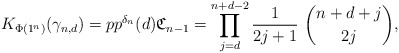
\begin{gather*}K_{\Phi(1^{n})}(\gamma_{n,d}) = pp^{\delta_{n}}(d) \mathfrak{C}_{n-1} =\prod_{j=d}^{n+d-2} {1 \over 2j+1}~{n+d+j \choose 2j},\end{gather*}